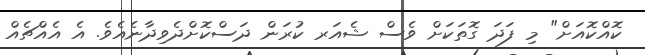
ކޮއްކޮއަށް" މި ފަދަ ގޮތަކަށް ވެސް ޝެއަރ ކުރަން ދަސްކޮށްދެވިދާނެއެވެ. އެ އެއްޗެއް